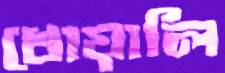
খোয়ালি